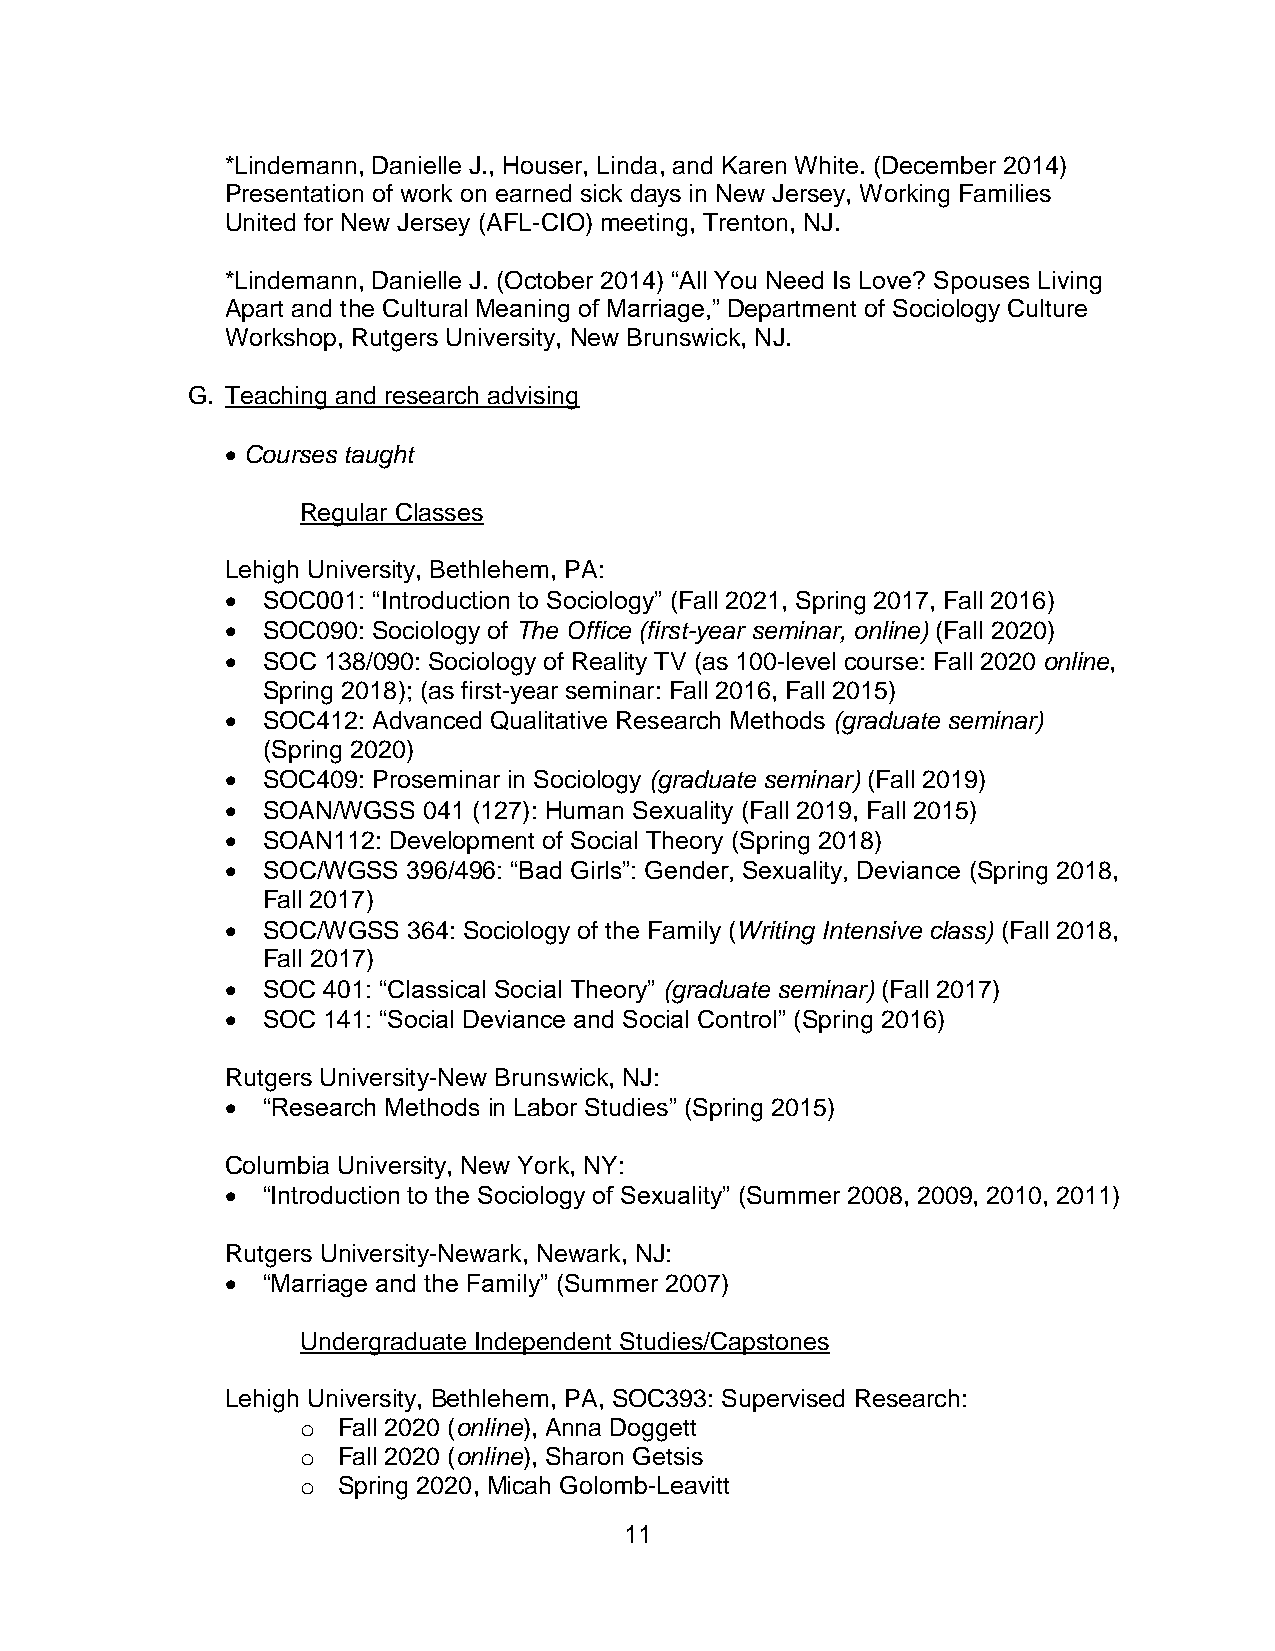
*Lindemann, Danielle J., Houser, Linda, and Karen White. (December 2014)
 Presentation of work on earned sick days in New Jersey, Working Families
 United for New Jersey (AFL-CIO) meeting, Trenton, NJ.
 *Lindemann, Danielle J. (October 2014) “All You Need Is Love? Spouses Living
 Apart and the Cultural Meaning of Marriage,” Department of Sociology Culture
 Workshop, Rutgers University, New Brunswick, NJ.
 G. Teaching and research advising
 • Courses taught
 Regular Classes
 Lehigh University, Bethlehem, PA:
 • SOC001: “Introduction to Sociology” (Fall 2021, Spring 2017, Fall 2016)
 • SOC090: Sociology of The Office (first-year seminar, online) (Fall 2020)
 • SOC 138/090: Sociology of Reality TV (as 100-level course: Fall 2020 online,
 Spring 2018); (as first-year seminar: Fall 2016, Fall 2015)
 • SOC412: Advanced Qualitative Research Methods (graduate seminar)
 (Spring 2020)
 • SOC409: Proseminar in Sociology (graduate seminar) (Fall 2019)
 • SOAN/WGSS  041 (127): Human Sexuality (Fall 2019, Fall 2015)
 • SOAN112: Development of Social Theory (Spring 2018)
 • SOC/WGSS  396/496: “Bad Girls”: Gender, Sexuality, Deviance (Spring 2018,
 Fall 2017)
 • SOC/WGSS  364: Sociology of the Family (Writing Intensive class) (Fall 2018,
 Fall 2017)
 • SOC 401: “Classical Social Theory” (graduate seminar) (Fall 2017)
 • SOC 141: “Social Deviance and Social Control” (Spring 2016)
 Rutgers University-New Brunswick, NJ:
 • “Research Methods in Labor Studies” (Spring 2015)
 Columbia University, New York, NY:
 • “Introduction to the Sociology of Sexuality” (Summer 2008, 2009, 2010, 2011)
 Rutgers University-Newark, Newark, NJ:
 • “Marriage and the Family” (Summer 2007)
 Undergraduate Independent Studies/Capstones
 Lehigh University, Bethlehem, PA, SOC393: Supervised Research:
 o Fall 2020 (online), Anna Doggett
 o Fall 2020 (online), Sharon Getsis
 o Spring 2020, Micah Golomb-Leavitt
 11